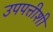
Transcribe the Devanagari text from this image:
उपपत्तीशी